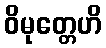
ဝိမုတ္တေဟိ